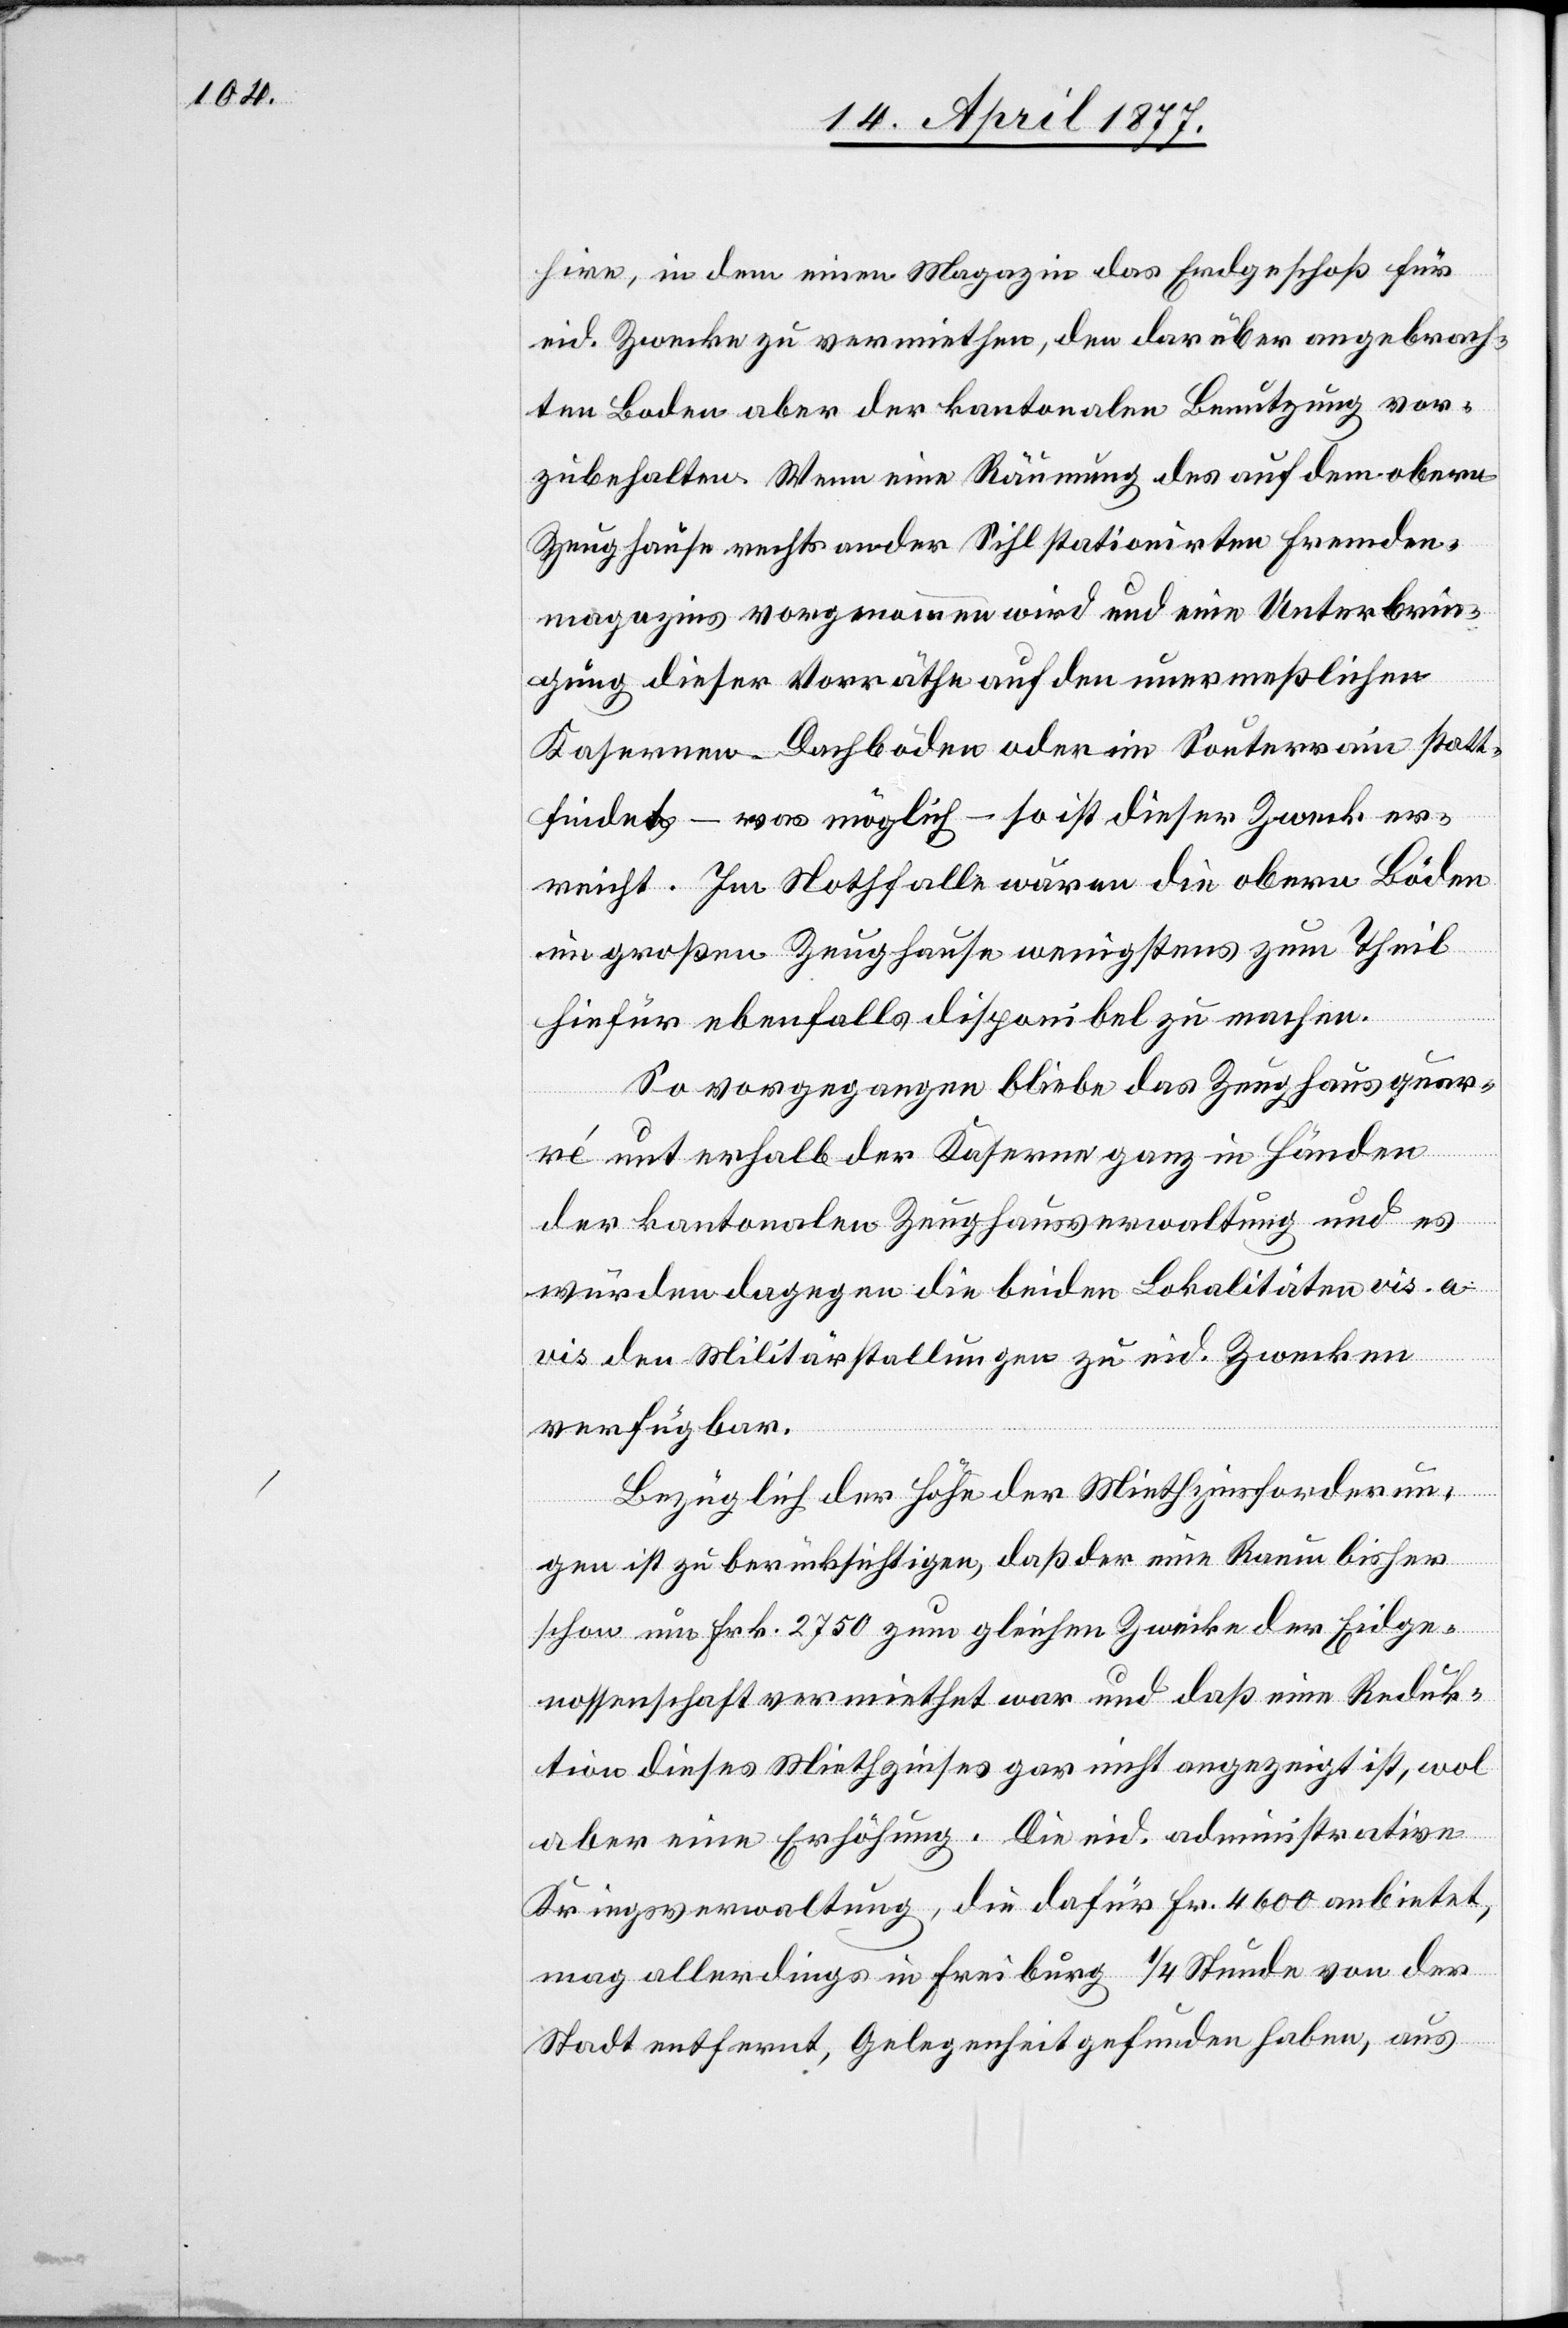
hire, in dem einen Magazin das Erdgeschoß für
eid. Zwecke zu vermiethen, den darüber angebrach¬
ten Boden aber der kantonalen Benutzung vor¬
zubehalten. Wenn eine Räumung des auf dem obern
Zeughause rechts an der Sihl stationirten Fremden¬
magazins vorgenommen wird und eine Unterbrin¬
gung dieser Vorräthe auf den unermeßlichen
Kasernen-Dachböden oder im Souterrain statt¬
finde – was möglich – so ist dieser Zweck er¬
reicht. Im Nothfalle wären die obern Böden
im großen Zeughause wenigstens zum Theil
hiefür ebenfalls disponibel zu machen.
So vorgegangen bliebe das Zeughausquar¬
ré unterhalb der Kaserne ganz in Händen
der kantonalen Zeughausverwaltung und es
würden dagegen die beiden Lokalitäten vis-a-v¬
is den Militärstallungen zu eid. Zwecken
verfügbar.
Bezüglich der Höhe der Miethzinsforderun¬
gen ist zu berücksichtigen, daß der eine Raum bisher
schon um Frk. 2750 zum gleichen Zwecke der Eidge¬
nossenschaft vermiethet war und daß eine Reduk¬
tion dieses Miethzinses gar nicht angezeigt ist, wol
aber eine Erhöhung. Die eid. administrative
Kriegsverwaltung, die dafür Fr. 4600 anbietet,
mag allerdings in Freiburg 1/4 Stunde von der
Stadt entfernt, Gelegenheit gefunden haben, aus